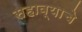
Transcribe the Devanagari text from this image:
सहाव्याचे